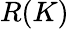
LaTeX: R(K)